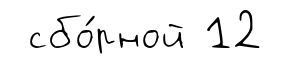
сбо́рной 12